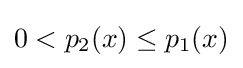
0<p_{2}(x)\leq p_{1}(x)